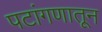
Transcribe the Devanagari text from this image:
पटांगणातून